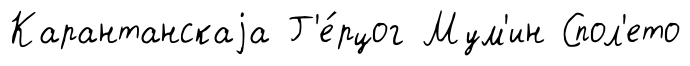
Карантанскаjа Г'е́рцог Мум'ин Спол'ето